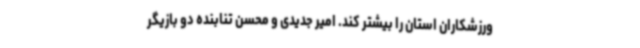
ورزشکاران استان را بیشتر کند. امیر جدیدی و محسن تنابنده دو بازیگر